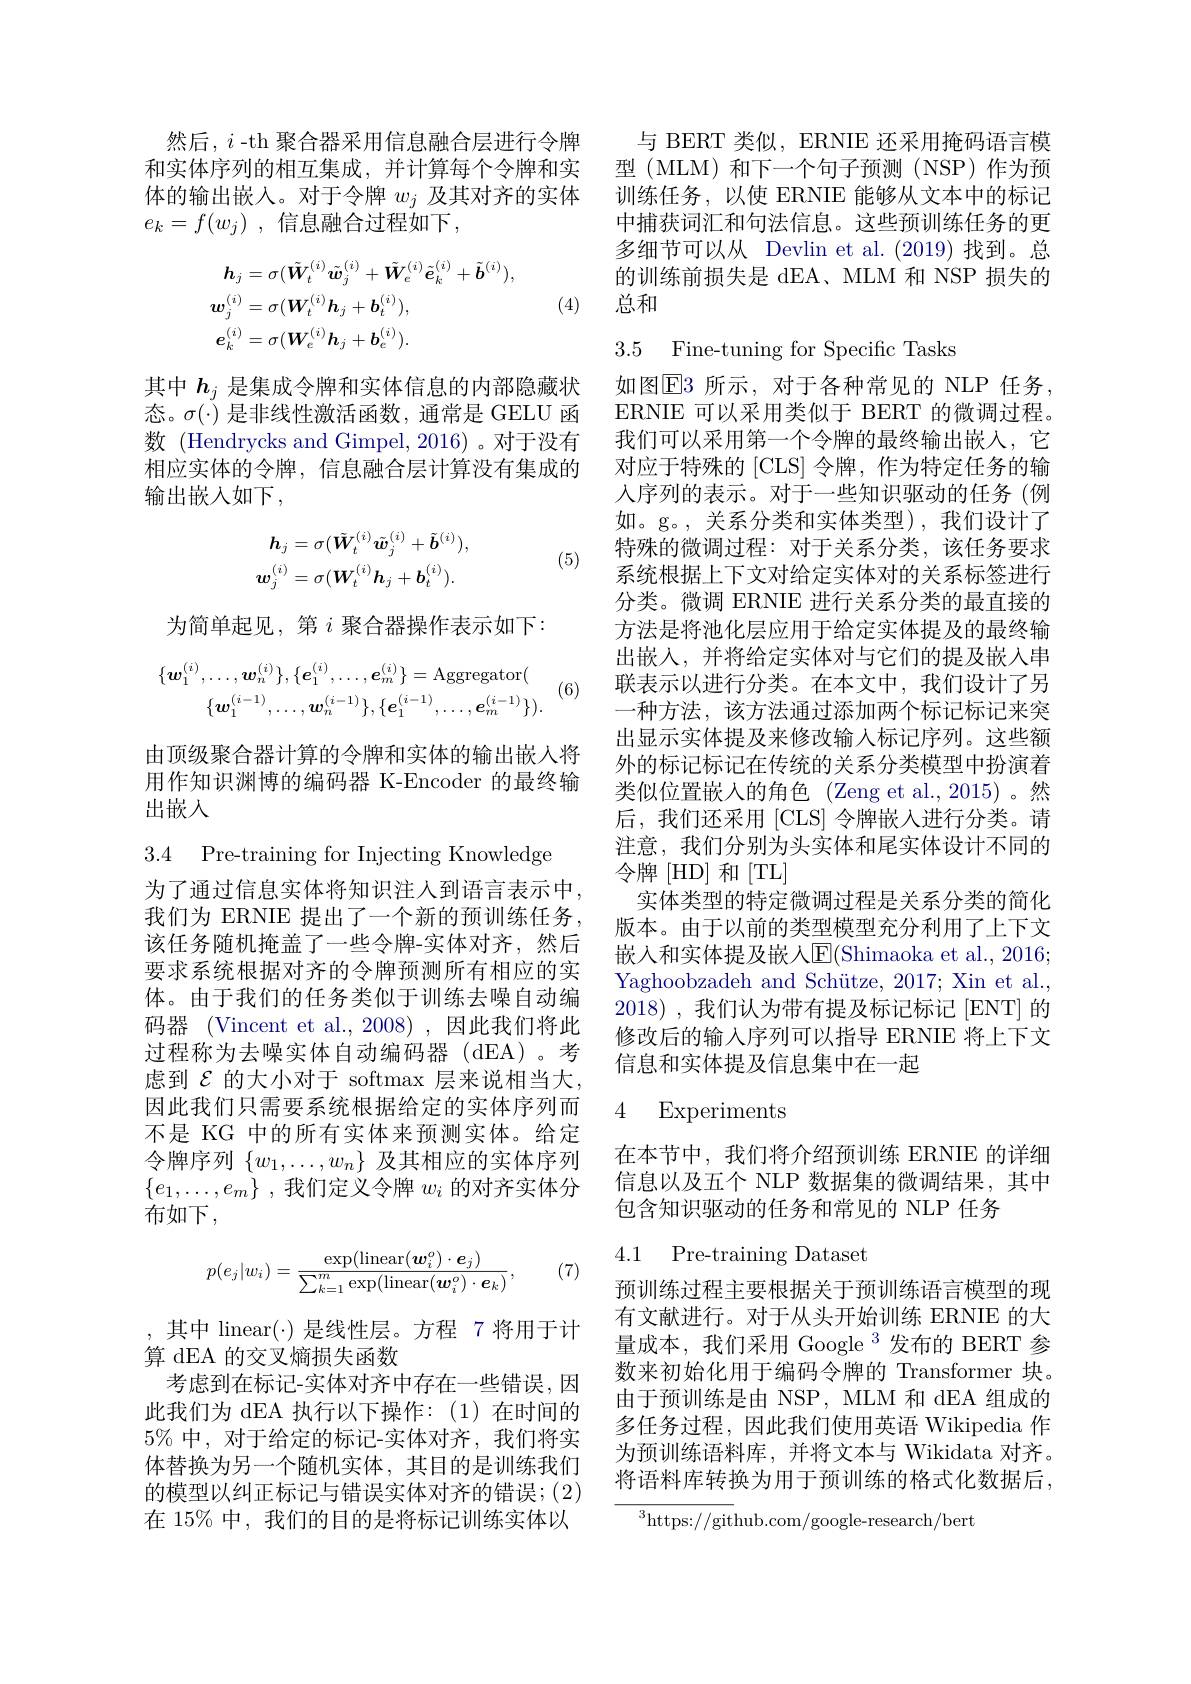
然后，$i$ -th 聚合器采用信息融合层进行令牌 与 BERT 类似，ERNIE 还采用掩码语言模和实体序列的相互集成，并计算每个令牌和实 型 (MLM) 和下一个句子预测 (NSP) 作为预体的输出嵌人。对于令牌$w_j$及其对齐的实体 训练任务，以使 ERNIE 能够从文本中的标记$e_k= f( w_j)$ ,信息融合过程如下，
$$\begin{aligned}\boldsymbol{h}_{j}&=\sigma(\tilde{\boldsymbol{W}}_{t}^{(i)}\tilde{\boldsymbol{w}}_{j}^{(i)}+\tilde{\boldsymbol{W}}_{e}^{(i)}\tilde{\boldsymbol{e}}_{k}^{(i)}+\tilde{\boldsymbol{b}}^{(i)}),\\\boldsymbol{w}_{j}^{(i)}&=\sigma(\boldsymbol{W}_{t}^{(i)}\boldsymbol{h}_{j}+\boldsymbol{b}_{t}^{(i)}),\\\boldsymbol{e}_{k}^{(i)}&=\sigma(\boldsymbol{W}_{e}^{(i)}\boldsymbol{h}_{j}+\boldsymbol{b}_{e}^{(i)}).\end{aligned}$$
(4)

其中$h_j$是集成令牌和实体信息的内部隐藏状态。$\sigma(\cdot)$是非线性激活函数，通常是 GELU 函数 (Hendrycks and Gimpel, 2016)。对于没有相应实体的令牌，信息融合层计算没有集成的输出嵌人如下，
$$\boldsymbol{h}_{j}=\sigma(\tilde{\boldsymbol{W}}_{t}^{(i)}\tilde{\boldsymbol{w}}_{j}^{(i)}+\tilde{\boldsymbol{b}}^{(i)}),\\\boldsymbol{w}_{j}^{(i)}=\sigma(\boldsymbol{W}_{t}^{(i)}\boldsymbol{h}_{j}+\boldsymbol{b}_{t}^{(i)}).$$
(5)

为简单起见，第$i$聚合器操作表示如下：
$$\{\boldsymbol{w}_{1}^{(i)},\ldots,\boldsymbol{w}_{n}^{(i)}\},\{\boldsymbol{e}_{1}^{(i)},\ldots,\boldsymbol{e}_{m}^{(i)}\}=\mathrm{Aggregator}(\\\{\boldsymbol{w}_{1}^{(i-1)},\ldots,\boldsymbol{w}_{n}^{(i-1)}\},\{\boldsymbol{e}_{1}^{(i-1)},\ldots,\boldsymbol{e}_{m}^{(i-1)}\}).$$
(6)

由顶级聚合器计算的令牌和实体的输出嵌人将用作知识渊博的编码器 K-Encoder 的最终输出嵌入

3.4 Pre-training for Injecting Knowledge

为了通过信息实体将知识注人到语言表示中， 我们为 ERNIE 提出了一个新的预训练任务， 该任务随机掩盖了一些令牌-实体对齐，然后要求系统根据对齐的令牌预测所有相应的实体。由于我们的任务类似于训练去噪自动编码器 (Vincent et al.,2008),因此我们将此过程称为去噪实体自动编码器(dEA)。考虑到$\mathcal{E}$的大小对于 softmax 层来说相当大， 因此我们只需要系统根据给定的实体序列而不是 KG 中的所有实体来预测实体。给定令牌序列$\{w_1,\ldots,w_n\}$及其相应的实体序列$\{ e_1, \ldots , e_m\}$ ,我们定义令牌 $w_i$ 的对齐实体分布如下，
$$p(e_j|w_i)=\frac{\exp(\mathrm{linear}(\boldsymbol{w}_i^o)\cdot\boldsymbol{e}_j)}{\sum_{k=1}^m\exp(\mathrm{linear}(\boldsymbol{w}_i^o)\cdot\boldsymbol{e}_k)},$$
(7)

,其中 linear(·)是线性层。方程 7 将用于计
算 dEA 的交叉熵损失函数
考虑到在标记-实体对齐中存在一些错误，因此我们为 dEA 执行以下操作：(1)在时间的$5\%$中，对于给定的标记-实体对齐，我们将实体替换为另一个随机实体，其目的是训练我们的模型以纠正标记与错误实体对齐的错误；(2) 在 15% 中，我们的目的是将标记训练实体以

中捕获词汇和句法信息。这些预训练任务的更多细节可以从 Devlin et al.(2019)找到。总的训练前损失是 dEA、MLM 和 NSP 损失的总和

3.5 Fine-tuning for Specific Tasks

如图$\operatorname{E3}$ 所示，对于各种常见的 NLP 任务， ERNIE 可以采用类似于 BERT 的微调过程。我们可以采用第一个令牌的最终输出嵌入，它对应于特殊的 [CLS] 令牌，作为特定任务的输人序列的表示。对于一些知识驱动的任务(例如。g。,关系分类和实体类型),我们设计了特殊的微调过程：对于关系分类，该任务要求系统根据上下文对给定实体对的关系标签进行分类。微调 ERNIE 进行关系分类的最直接的方法是将池化层应用于给定实体提及的最终输出嵌人，并将给定实体对与它们的提及嵌入串联表示以进行分类。在本文中，我们设计了另一种方法，该方法通过添加两个标记标记来突出显示实体提及来修改输入标记序列。这些额外的标记标记在传统的关系分类模型中扮演着类似位置嵌入的角色 (Zeng et al.,2015)。然后，我们还采用[CLS]令牌嵌入进行分类。请注意，我们分别为头实体和尾实体设计不同的令牌 [HD] 和[TL]
实体类型的特定微调过程是关系分类的简化版本。由于以前的类型模型充分利用了上下文嵌入和实体提及嵌人$\operatorname{E}($Shimaoka et al., 2016; Yaghoobzadeh and Schütze, 2017; Xin et al., 2018),我们认为带有提及标记标记[ENT]的修改后的输入序列可以指导 ERNIE 将上下文信息和实体提及信息集中在一起

### 4 Experiments

在本节中，我们将介绍预训练 ERNIE 的详细信息以及五个 NLP 数据集的微调结果，其中包含知识驱动的任务和常见的 NLP 任务

4.1 Pre-training Dataset

预训练过程主要根据关于预训练语言模型的现有文献进行。对于从头开始训练 ERNIE 的大量成本，我们采用 Google 3发布的 BERT 参数来初始化用于编码令牌的 Transformer 块。由于预训练是由 NSP, MLM 和 dEA 组成的多任务过程，因此我们使用英语 Wikipedia 作为预训练语料库，并将文本与 Wikidata 对齐。将语料库转换为用于预训练的格式化数据后，

$^3$https://github.com/google-research/bert